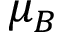
\mu _ { B }